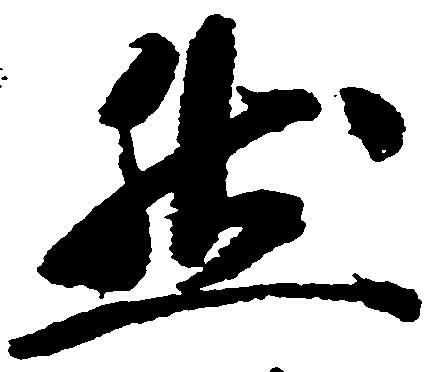
然